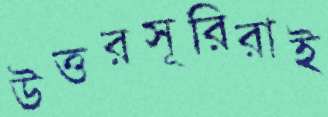
উত্তরসূরিরাই